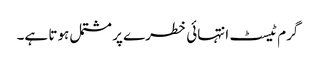
گرم ٹیسٹ انتہائی خطرے پر مشتمل ہوتا ہے۔